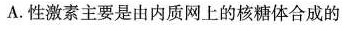
A.性激素主要是由内质网上的核糖体合成的